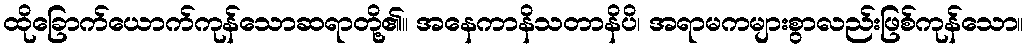
ထိုခြောက်ယောက်ကုန်သောဆရာတို့၏။ အနေကာနိသတာနိပိ၊ အရာမကများစွာလည်းဖြစ်ကုန်သော။